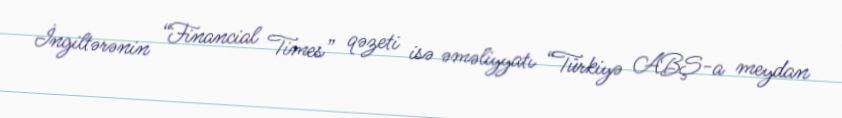
İngiltərənin “Financial Times” qəzeti isə əməliyyatı “Türkiyə ABŞ-a meydan